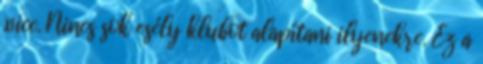
.vicc. Nincs sok esély klubot alapítani ilyenekre. Ez a